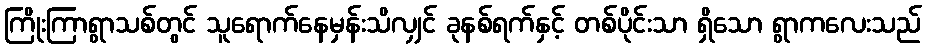
ကြိုးကြာရွာသစ်တွင် သူရောက်နေမှန်းသိလျှင် ခုနစ်ရက်နှင့် တစ်ပိုင်းသာ ရှိသော ရွာကလေးသည်